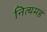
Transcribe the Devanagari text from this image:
नित्यमहं